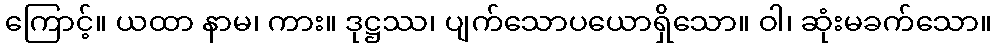
ကြောင့်။ ယထာ နာမ၊ ကား။ ဒုဋ္ဌဿ၊ ပျက်သောပယောရှိသော။ ဝါ၊ ဆုံးမခက်သော။